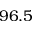
9 6 . 5